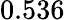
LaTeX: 0.536